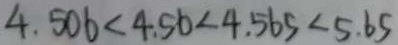
4 . 5 0 6 < 4 . 5 6 < 4 . 5 6 5 < 5 . 6 5